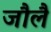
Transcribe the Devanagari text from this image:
जौलै